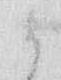
候